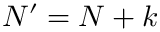
N ^ { \prime } = N + k